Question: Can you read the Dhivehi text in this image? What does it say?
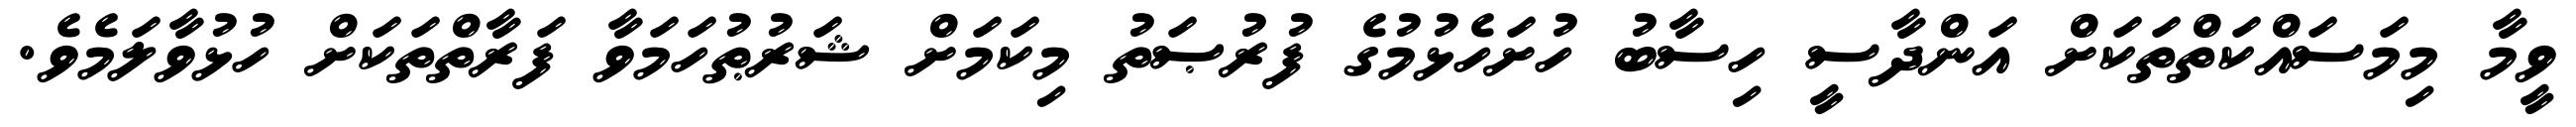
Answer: ވީމާ މިމަސައްކަތްތަކަށް އަންދާސީ ހިސާބު ހުށަހެޅުމުގެ ފުރުޞަތު މިކަމަށް ޝަރުޠުހަމަވާ ފަރާތްތަކަށް ހުޅުވާލަމެވެ.